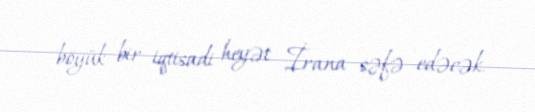
böyük bir iqtisadi heyət İrana səfə edəcək.